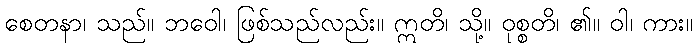
စေတနာ၊ သည်။ ဘဝေါ၊ ဖြစ်သည်လည်း။ ဣတိ၊ သို့။ ဝုစ္စတိ၊ ၏။ ဝါ၊ ကား။